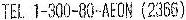
TEL 1-300-80-AEON (2366)